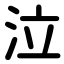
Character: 泣